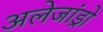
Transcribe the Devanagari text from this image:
अलेजांड्रो